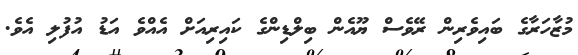
މުޒާހަރާގެ ބައިވެރިން ރޭވެސް ޔޫއެން ބިލްޑިންގެ ކައިރިއަށް އެއްވެ އަޑު އުފުލި އެވެ.